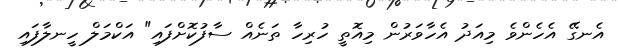
އެނގޭ އެހެންވެ މިއަދު އެހާވަރުން މިއޮތީ ހުރިހާ ތަނެއް ސާފުކޮށްފައި" އަކްމަލް ހީނލާފައި